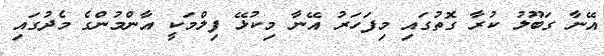
އޭނާ ގަބޫލު ކުރާ ގޮތުގައި މިފަހަރު އޭނާ މިކުޅޭ ފިލްމަކީ އާންމުންގެ މެދުގައި